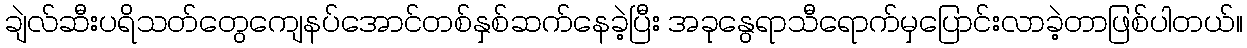
ချဲလ်ဆီးပရိသတ်တွေကျေနပ်အောင်တစ်နှစ်ဆက်နေခဲ့ပြီး အခုနွေရာသီရောက်မှပြောင်းလာခဲ့တာဖြစ်ပါတယ်။